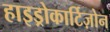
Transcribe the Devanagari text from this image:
हाइड्रोकार्टिज़ोन